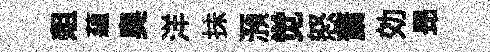
爼蘊奧洋抺澦觉怒䔥効昻